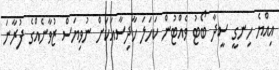
އިއްޔެ ހިނގީ ސީދާ ބޯޓު ވެއްޓުން ކަހަލަ ހާދިސާއަކަށް ނުވިޔަސް ޒުވާނެއްގެ ފުރާނަ